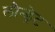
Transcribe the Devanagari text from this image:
लौन्ड्रेट